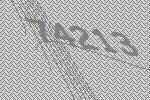
74213